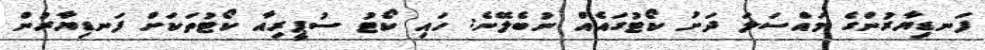
ފަނޑިޔާރުންގެ މައްސަލަ ދަށު ކޯޓުގައެއް ނުބެލޭނެ: ހައި ކޯޓު ސުޕީރިއާ ކޯޓުތަކަށް ފަނޑިޔާރުން